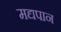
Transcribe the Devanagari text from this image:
मद्यपान